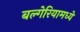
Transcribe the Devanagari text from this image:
बल्गेरियामध्ये